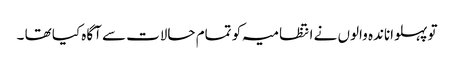
تو پہلواناندہ والوں نے انتظامیہ کو تمام حالات سے آگاہ کیا تھا ۔